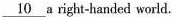
\underline{10} a right-handed world.